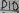
Text: D10